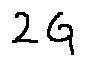
2 G